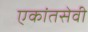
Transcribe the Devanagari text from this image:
एकांतसेवी